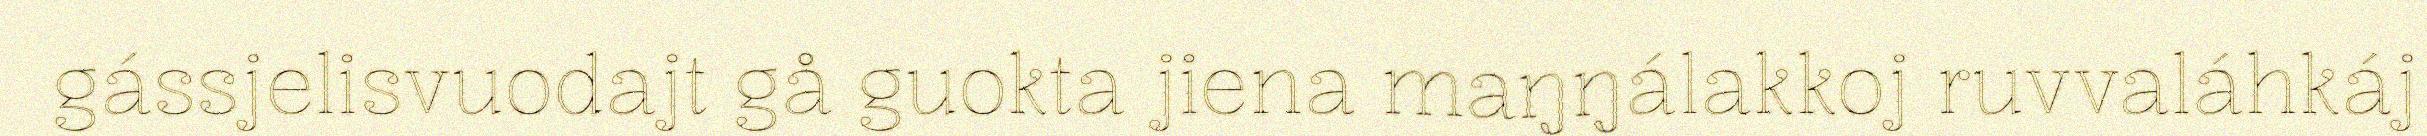
gássjelisvuodajt gå guokta jiena maŋŋálakkoj ruvvaláhkáj